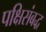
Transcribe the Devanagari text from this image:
पक्षिसंबद्ध